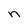
Character: n